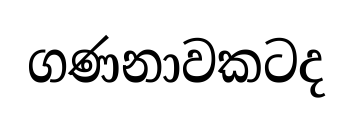
ගණනාවකටද